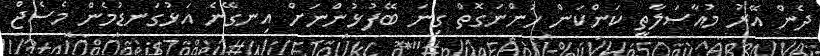
ދެން އޭރު މުއާސަލާތީ ކަންކަން ހުންނަގޮތް ގިނަ ބޭފުޅުންނަށް އިނގޭނެ އަޅުގަނޑުމެން މެސެޖް